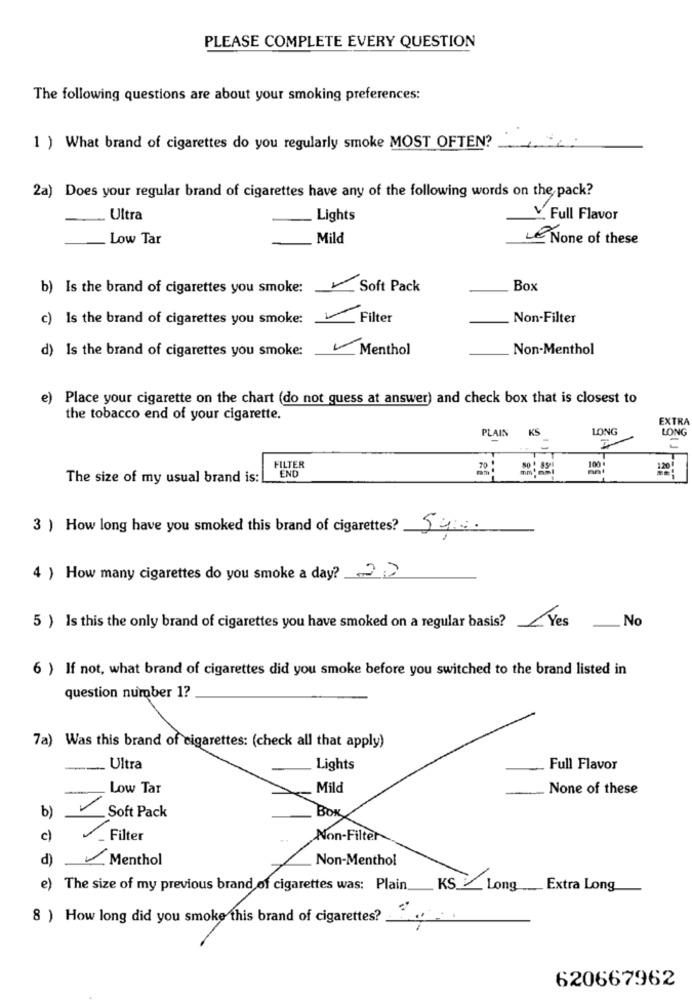
PLEASE COMPLETE EVERY QUESTION
The following questions are about your smoking preferences:
1 ) What brand of cigarettes do you regularly smoke MOST OFTEN?
2a) Does your regular brand of cigarettes have any of the following words on the pack?
Ultra
.Lights
V Full Flavor
Low Tar
Mild
None of these
b) Is the brand of cigarettes you smoke:
Soft Pack
Box
c) Is the brand of cigarettes you smoke:
Filter
Non-Filter
d) Is the brand of cigarettes you smoke:
Menthol
Non-Menthol
e)
Place your cigarette on the chart (do not guess at answer) and check box that is closest to
the tobacco end of your cigarette.
EXTRA
PLAIN
KS
LONG
LONG
100
FILTER
END
The size of my usual brand is:
3 ) How long have you smoked this brand of cigarettes? 540
4 ) How many cigarettes do you smoke a day? 23
5 ) Is this the only brand of cigarettes you have smoked on a regular basis? Yes
No
6 ) If not, what brand of cigarettes did you smoke before you switched to the brand listed in
question number 1?
7a) Was this brand of cigarettes: (check all that apply)
-
Ultra
Lights
Full Flavor
Low Tar
Mild
None of these
BOK
b)
Soft Pack
c)
Filter
Non-Filter
d)
Menthol
Non-Menthol
)The size of my previous brand of cigarettes was: Plain
KS __ Long Extra Long
8 ) How long did you smoke this brand of cigarettes?
620667962